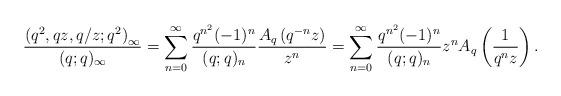
LaTeX: \begin{align*}\frac{\left(q^{2},qz,q/z;q^{2}\right)_{\infty}}{(q;q)_{\infty}}=\sum_{n=0}^{\infty}\frac{q^{n^{2}}(-1)^{n}}{(q;q)_{n}}\frac{A_{q}\left(q^{-n}z\right)}{z^{n}}=\sum_{n=0}^{\infty}\frac{q^{n^{2}}(-1)^{n}}{(q;q)_{n}}z^{n}A_{q}\left(\frac{1}{q^{n}z}\right).\end{align*}